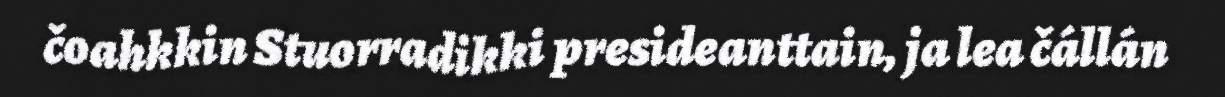
čoahkkin Stuorradikki presideanttain, ja lea čállán